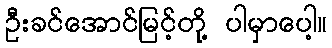
ဦးခင်အောင်မြင့်တို့ ပါမှာပေါ့။